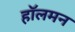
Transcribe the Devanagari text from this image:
हॉलमन